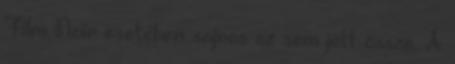
Film Noir esetében sajnos ez sem jött össze. A